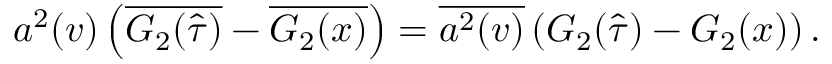
a ^ { 2 } ( v ) \left( \overline { { { { \cal G } _ { 2 } ( \hat { \tau } ) } } } - \overline { { { { \cal G } _ { 2 } ( x ) } } } \right) = \overline { { { { a ^ { 2 } } ( v ) } } } \left( { \cal G } _ { 2 } ( \hat { \tau } ) - { \cal G } _ { 2 } ( x ) \right) .